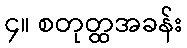
၄။ စတုတ္ထအခန်း